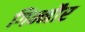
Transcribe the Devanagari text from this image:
गिन्नौर